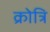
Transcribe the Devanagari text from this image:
क्रोत्रि